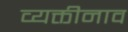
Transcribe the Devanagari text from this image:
व्यक्तीनाव